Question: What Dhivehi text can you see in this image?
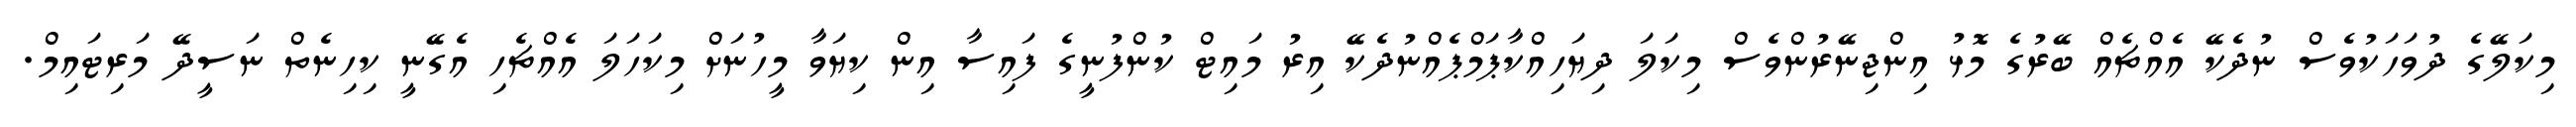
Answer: މިކަލޭގެ ދުވަހަކުވެސް ނުދެކޭ އެއްޗެއް ބޭރުގެ މޮޅު އިންޖިނޭރުންވެސް މިކަލަ ދިޔަހިއްކާޕަމްޕެއްނުދެކޭ އިރު މައިޓް ކުންފުނީގެ ފައިސާ އިން ކިޔަވާ މީހުނަށް މިކަހަލަ އެއްޗެހި އެގޭނީ ކިހިނެތް ނަސީދޭ މަރިޓައިމް.